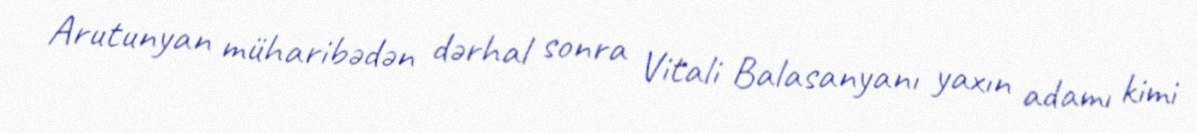
Arutunyan müharibədən dərhal sonra Vitali Balasanyanı yaxın adamı kimi